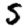
Digit: 5